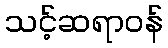
သင့်ဆရာဝန်